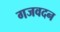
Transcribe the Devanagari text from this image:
गजवदन